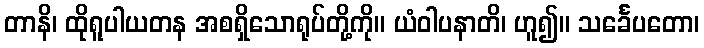
တာနိ၊ ထိုရူပါယတန အစရှိသောရုပ်တို့ကို။ ယံဝါပနာတိ၊ ဟူ၍။ သင်္ခေပတော၊